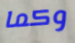
وكما